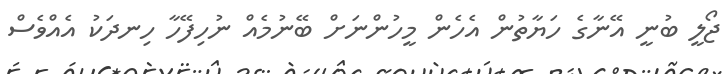
ޖޯލީ ބުނީ އޭނާގެ ހަޔާތުން އެހެން މީހުންނަށް ބޭނުމެއް ނުހިފޭހާ ހިނދަކު އެއްވެސް